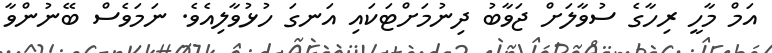
އަމް މާހީ ރިހާގެ ސުވާލަށް ޖަވާބު ދިނުމަށްޓަކައި އަނގަ ހުޅުވާލިއެވެ. ނަމަވެސް ބޭނުންވާ